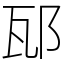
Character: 邷